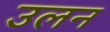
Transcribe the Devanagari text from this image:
उलन